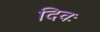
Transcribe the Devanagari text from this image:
दिवः